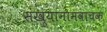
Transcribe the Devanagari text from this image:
संख्यानामवाचक